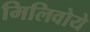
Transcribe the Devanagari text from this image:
मिलिवोये